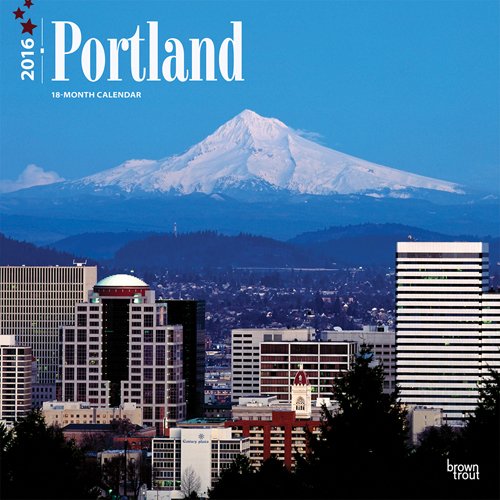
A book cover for Portland 2016 12x12 Square 12x12 (Multilingual Edition); Browntrout Publishers; Travel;